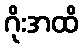
ဂိုးအထိ